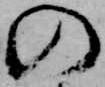
の